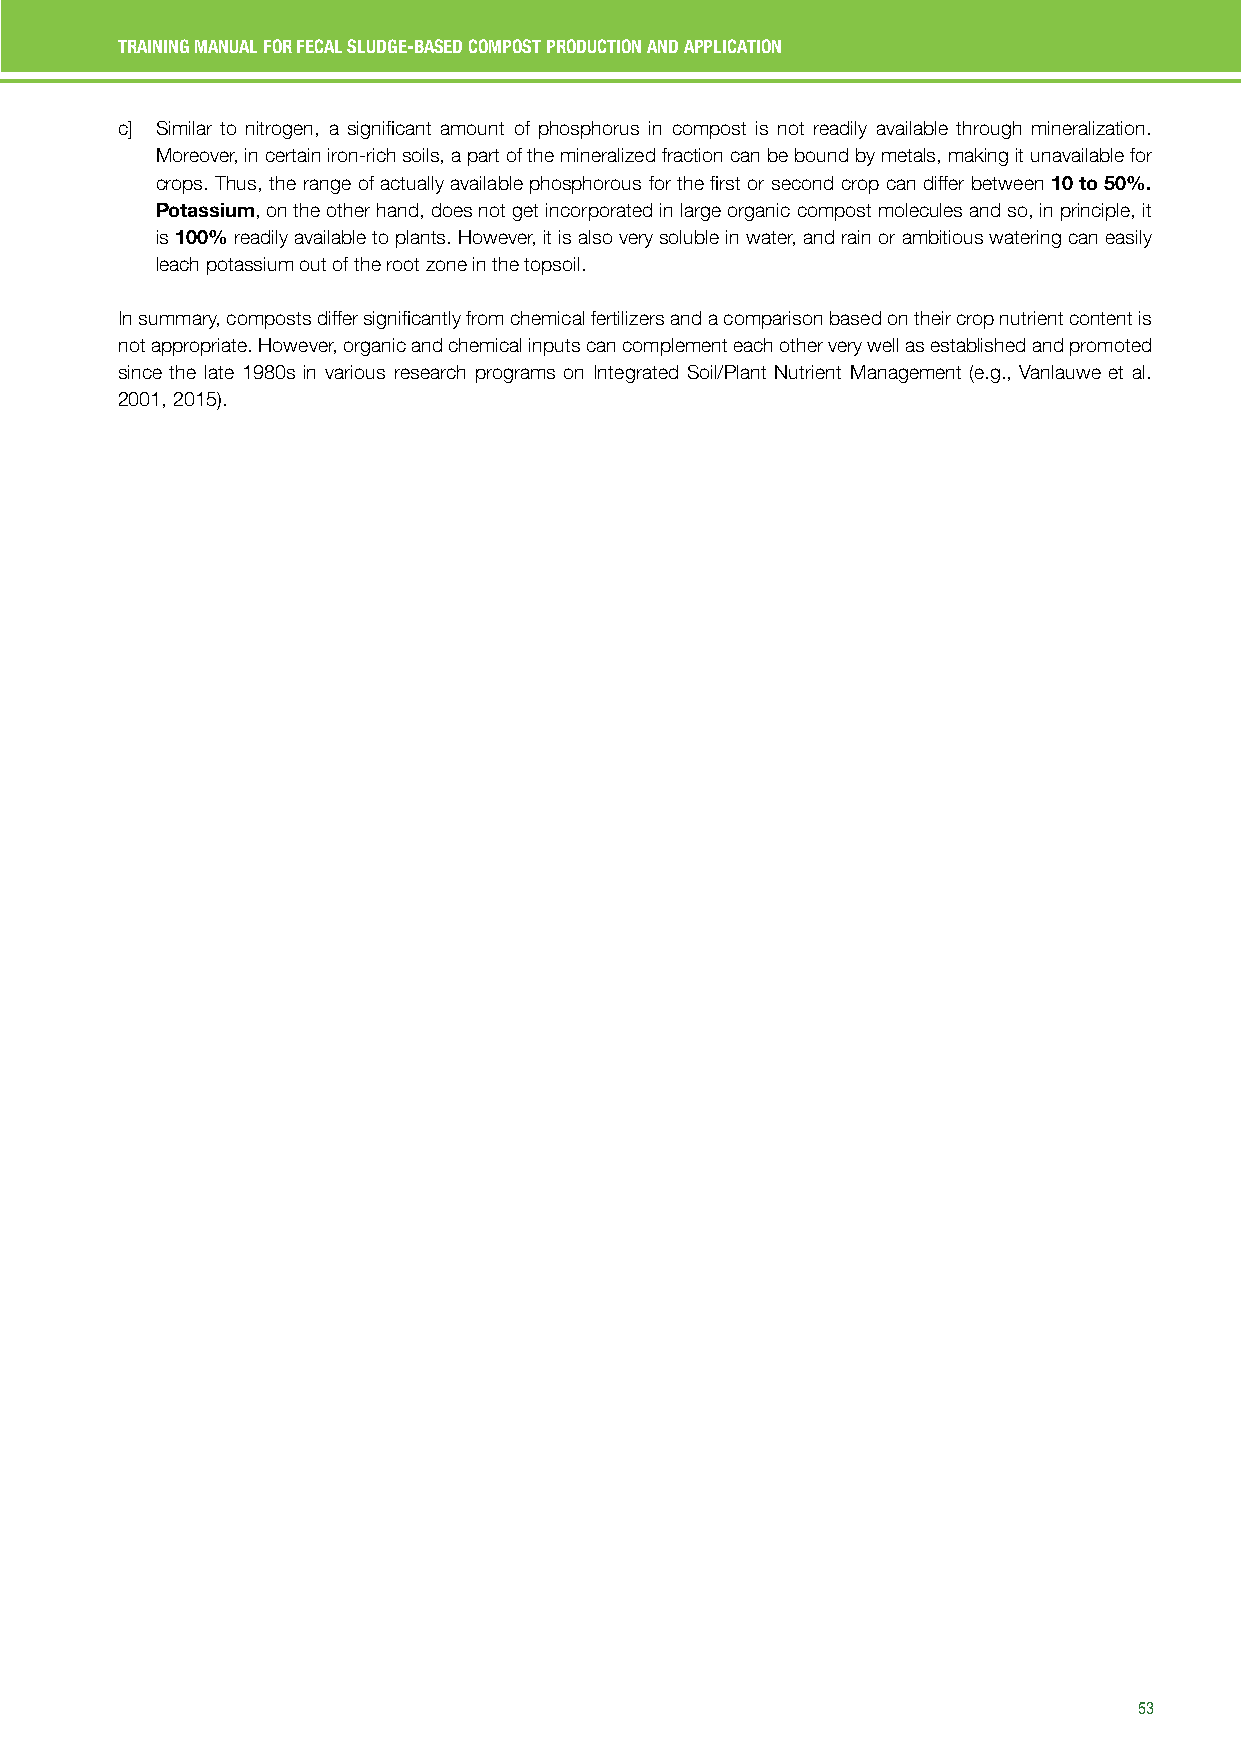
TRAINING MANUAL FOR FECAL SLUDGE-BASED COMPOST PRODUCTION AND APPLICATION
 c] Similar to nitrogen, a significant amount of phosphorus in compost is not readily available through mineralization.
 Moreover, in certain iron-rich soils, a part of the mineralized fraction can be bound by metals, making it unavailable for
 crops. Thus, the range of actually available phosphorous for the first or second crop can differ between 10 to 50%.
 Potassium, on the other hand, does not get incorporated in large organic compost molecules and so, in principle, it
 is 100% readily available to plants. However, it is also very soluble in water, and rain or ambitious watering can easily
 leach potassium out of the root zone in the topsoil.
 In summary, composts differ significantly from chemical fertilizers and a comparison based on their crop nutrient content is
 not appropriate. However, organic and chemical inputs can complement each other very well as established and promoted
 since the late 1980s in various research programs on Integrated Soil/Plant Nutrient Management (e.g., Vanlauwe et al.
 2001, 2015).
 53